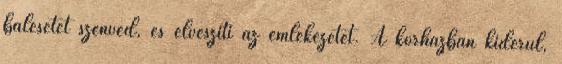
balesetet szenved, és elveszíti az emlékezetét. A kórházban kiderül,